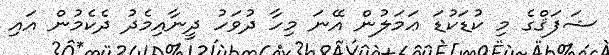
ޝަފަޤްގެ މި ކުޑަކުޑަ ޢަމަލުން އޭނަ މިހާ ދުވަހު ދީނާއިމެދު ދެކެމުން އައި